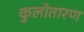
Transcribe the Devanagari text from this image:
कुलोतारण